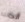
أنت